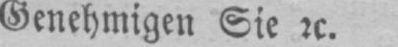
Genehmigen Sie u.